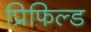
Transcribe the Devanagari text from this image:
प्रिफिल्ड